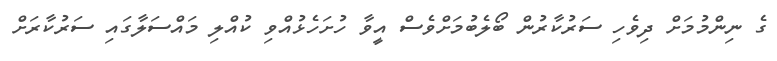
ގެ ނިންމުމަށް ދިވެހި ސަރުކާރުން ބޯލެބުމަށްވެސް އީވާ ހުށަހެޅުއްވި ކުއްލި މައްސަލާގައި ސަރުކާރަށް